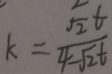
k = \frac { \sqrt { 2 } t } { 4 - \sqrt { 2 } t }